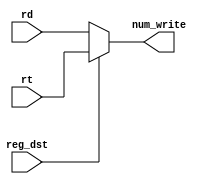
module reg_dst_mux(rt, rd, num_write, reg_dst);

input [5:0] rt;
input [5:0] rd;
input reg_dst;

output [5:0] num_write;

assign num_write = (reg_dst == 0) ? rd : rt;

endmodule